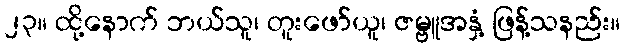
၂၃။ ထို့နောက် ဘယ်သူ၊ တူးဖော်ယူ၊ ဇမ္ဗူအနှံ့ ဖြန့်သနည်း။